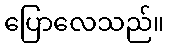
ပြောလေသည်။